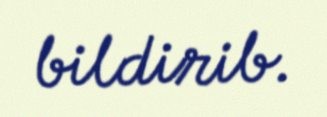
bildirib.